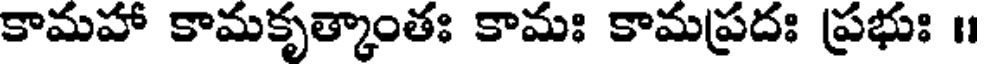
కామహా కామకృత్కాంతః కామః కామప్రదః ప్రభుః ॥